Insane asylums in Bengal annual reports 1876-1887 - 1876-1887
Year: 1876
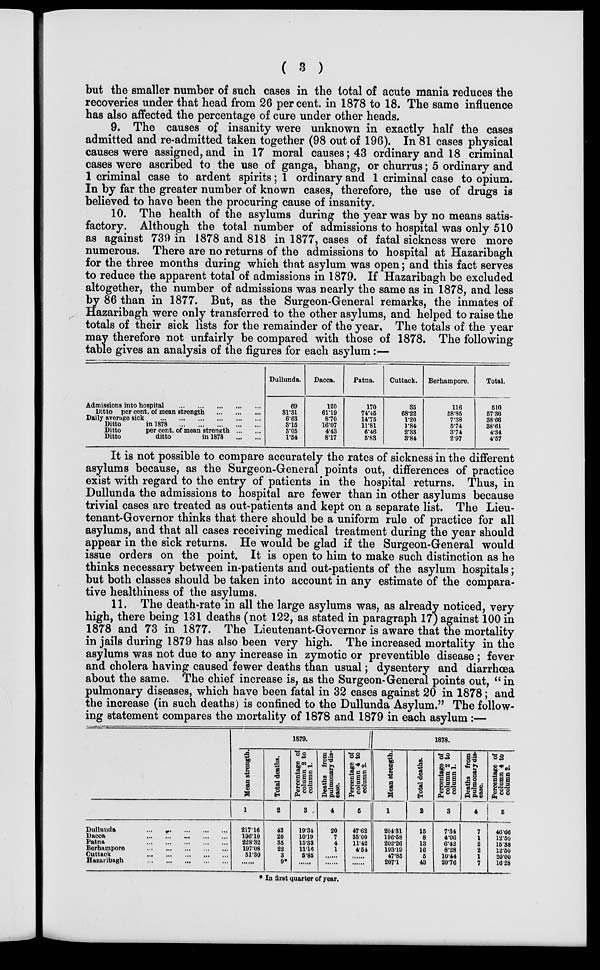
( 3 )
but the smaller number of such cases in the total of acute mania reduces the
recoveries under that head from 26 per cent. in 1878 to 18. The same influence
has also affected the percentage of cure under other heads.
9. The causes of insanity were unknown in exactly half the cases
admitted and re-admitted taken together (98 out of 196). In 81 cases physical
causes were assigned, and in 17 moral causes; 43 ordinary and 18 criminal
cases were ascribed to the use of ganga, bhang, or churrus; 5 ordinary and
1 criminal case to ardent spirits; 1 ordinary and 1 criminal case to opium.
In by far the greater number of known cases, therefore, the use of drugs is
believed to have been the procuring cause of insanity.
10. The health of the asylums during the year was by no means satis-
factory. Although the total number of admissions to hospital was only 510
as against 739 in 1878 and 818 in 1877, cases of fatal sickness were more
numerous. There are no returns of the admissions to hospital at Hazaribagh
for the three months during which that asylum was open; and this fact serves
to reduce the apparent total of admissions in 1879. If Hazaribagh be excluded
altogether, the number of admissions was nearly the same as in 1878, and less
by 86 than in 1877. But, as the Surgeon-General remarks, the inmates of
Hazaribagh were only transferred to the other asylums, and helped to raise the
totals of their sick lists for the remainder of the year.The totals of the year
may therefore not unfairly be compared with those of 1878. The following
table gives an analysis of the figures for each asylum:—
Admissions into hospital
...
...
...
...
...
Ditto per cent. of mean strength
...
...
...
Daily average sick
...
...
...
...
...
...
Ditto
in 1878
...
...
...
...
...
Ditto
per cent. of mean strength ... ...
Ditto
ditto
in 1878
...
...
Dullunda.
69
31.31
6.63
3.15
3.05
1.54
Dacca.
120
61.19
8.70
16.07
4.43
8.17
Patna.
170
74.45
14.75
11.81
6.46
5.83
Cuttack.
35
68.22
1.20
1.84
2.33
3.84
Berhampore.
116
58.85
7.38
5.74
3.74
2.97
Total.
510
57.30
38.66
38.61
4.34
4.57
It is not possible to compare accurately the rates of sickness in the different
asylums because, as the Surgeon-General points out, differences of practice
exist with regard to the entry of patients in the hospital returns. Thus, in
Dullunda the admissions to hospital are fewer than in other asylums because
trivial cases are treated as out-patients and kept on a separate list. The Lieu-
tenant-Governor thinks that there should be a uniform rule of practice for all
asylums, and that all cases receiving medical treatment during the year should
appear in the sick returns. He would be glad if the Surgeon-General would
issue orders on the point. It is open to him to make such distinction as he
thinks necessary between in-patients and out-patients of the asylum hospitals;
but both classes should be taken into account in any estimate of the compara-
tive healthiness of the asylums.
11. The death-rate in all the large asylums was, as already noticed, very
high, there being 131 deaths (not 122, as stated in paragraph 17) against 100 in
1878 and 73 in 1877. The Lieutenant-Governor is aware that the mortality
in jails during 1879 has also been very high. The increased mortality in the
asylums was not due to any increase in zymotic or preventible disease ; fever
and cholera having caused fewer deaths than usual; dysentery and diarrhœa
about the same. The chief increase is, as the Surgeon-General points out, " in
pulmonary diseases, which have been fatal in 32 cases against 20 in 1878; and
the increase (in such deaths) is confined to the Dullunda Asylum." The follow-
ing statement compares the mortality of 1878 and 1879 in each asylum :—
Dullunda
...
...
...
...
...
Dacca... ... ... ... ...
Patna
...
...
...
...
...
Berhampore
...
...
...
...
...
Cuttack
...
...
...
...
...
Hazaribagh
...
...
...
...
...
1879.
Mean strength.
1
217.16
196.10
228.32
197.08
51.30
......
Total deaths.
2
42
20
35
22
3
9*
Percentage of
column 2 to
column 1.
3
19.34
10.19
15.33
11.16
5.85
......
Deaths from
pulmonary dis-
ease.
4
20
7
4
1
......
......
Percentage of
column 4 to
column 2.
5
47.62
35.00
11.42
4.54
......
......
1878.
Mean strength.
1
204.31
196.58
202.26
193.19
47.85
207.1
Total deaths.
2
15
8
13
16
5
43
Percentage of
column 2 to
column 1.
3
7.34
4.06
6.43
8.28
10.44
20.76
Deaths from
pulmonary dis-
ease.
4
7
1
2
2
1
7
Percentage of
column 4 to
column 2.
5
46.66
12.50
15.38
12.50
20.00
16.28
* In first quarter of year.